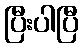
ပြီးပါပြီ